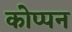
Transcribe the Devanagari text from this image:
कोप्पन